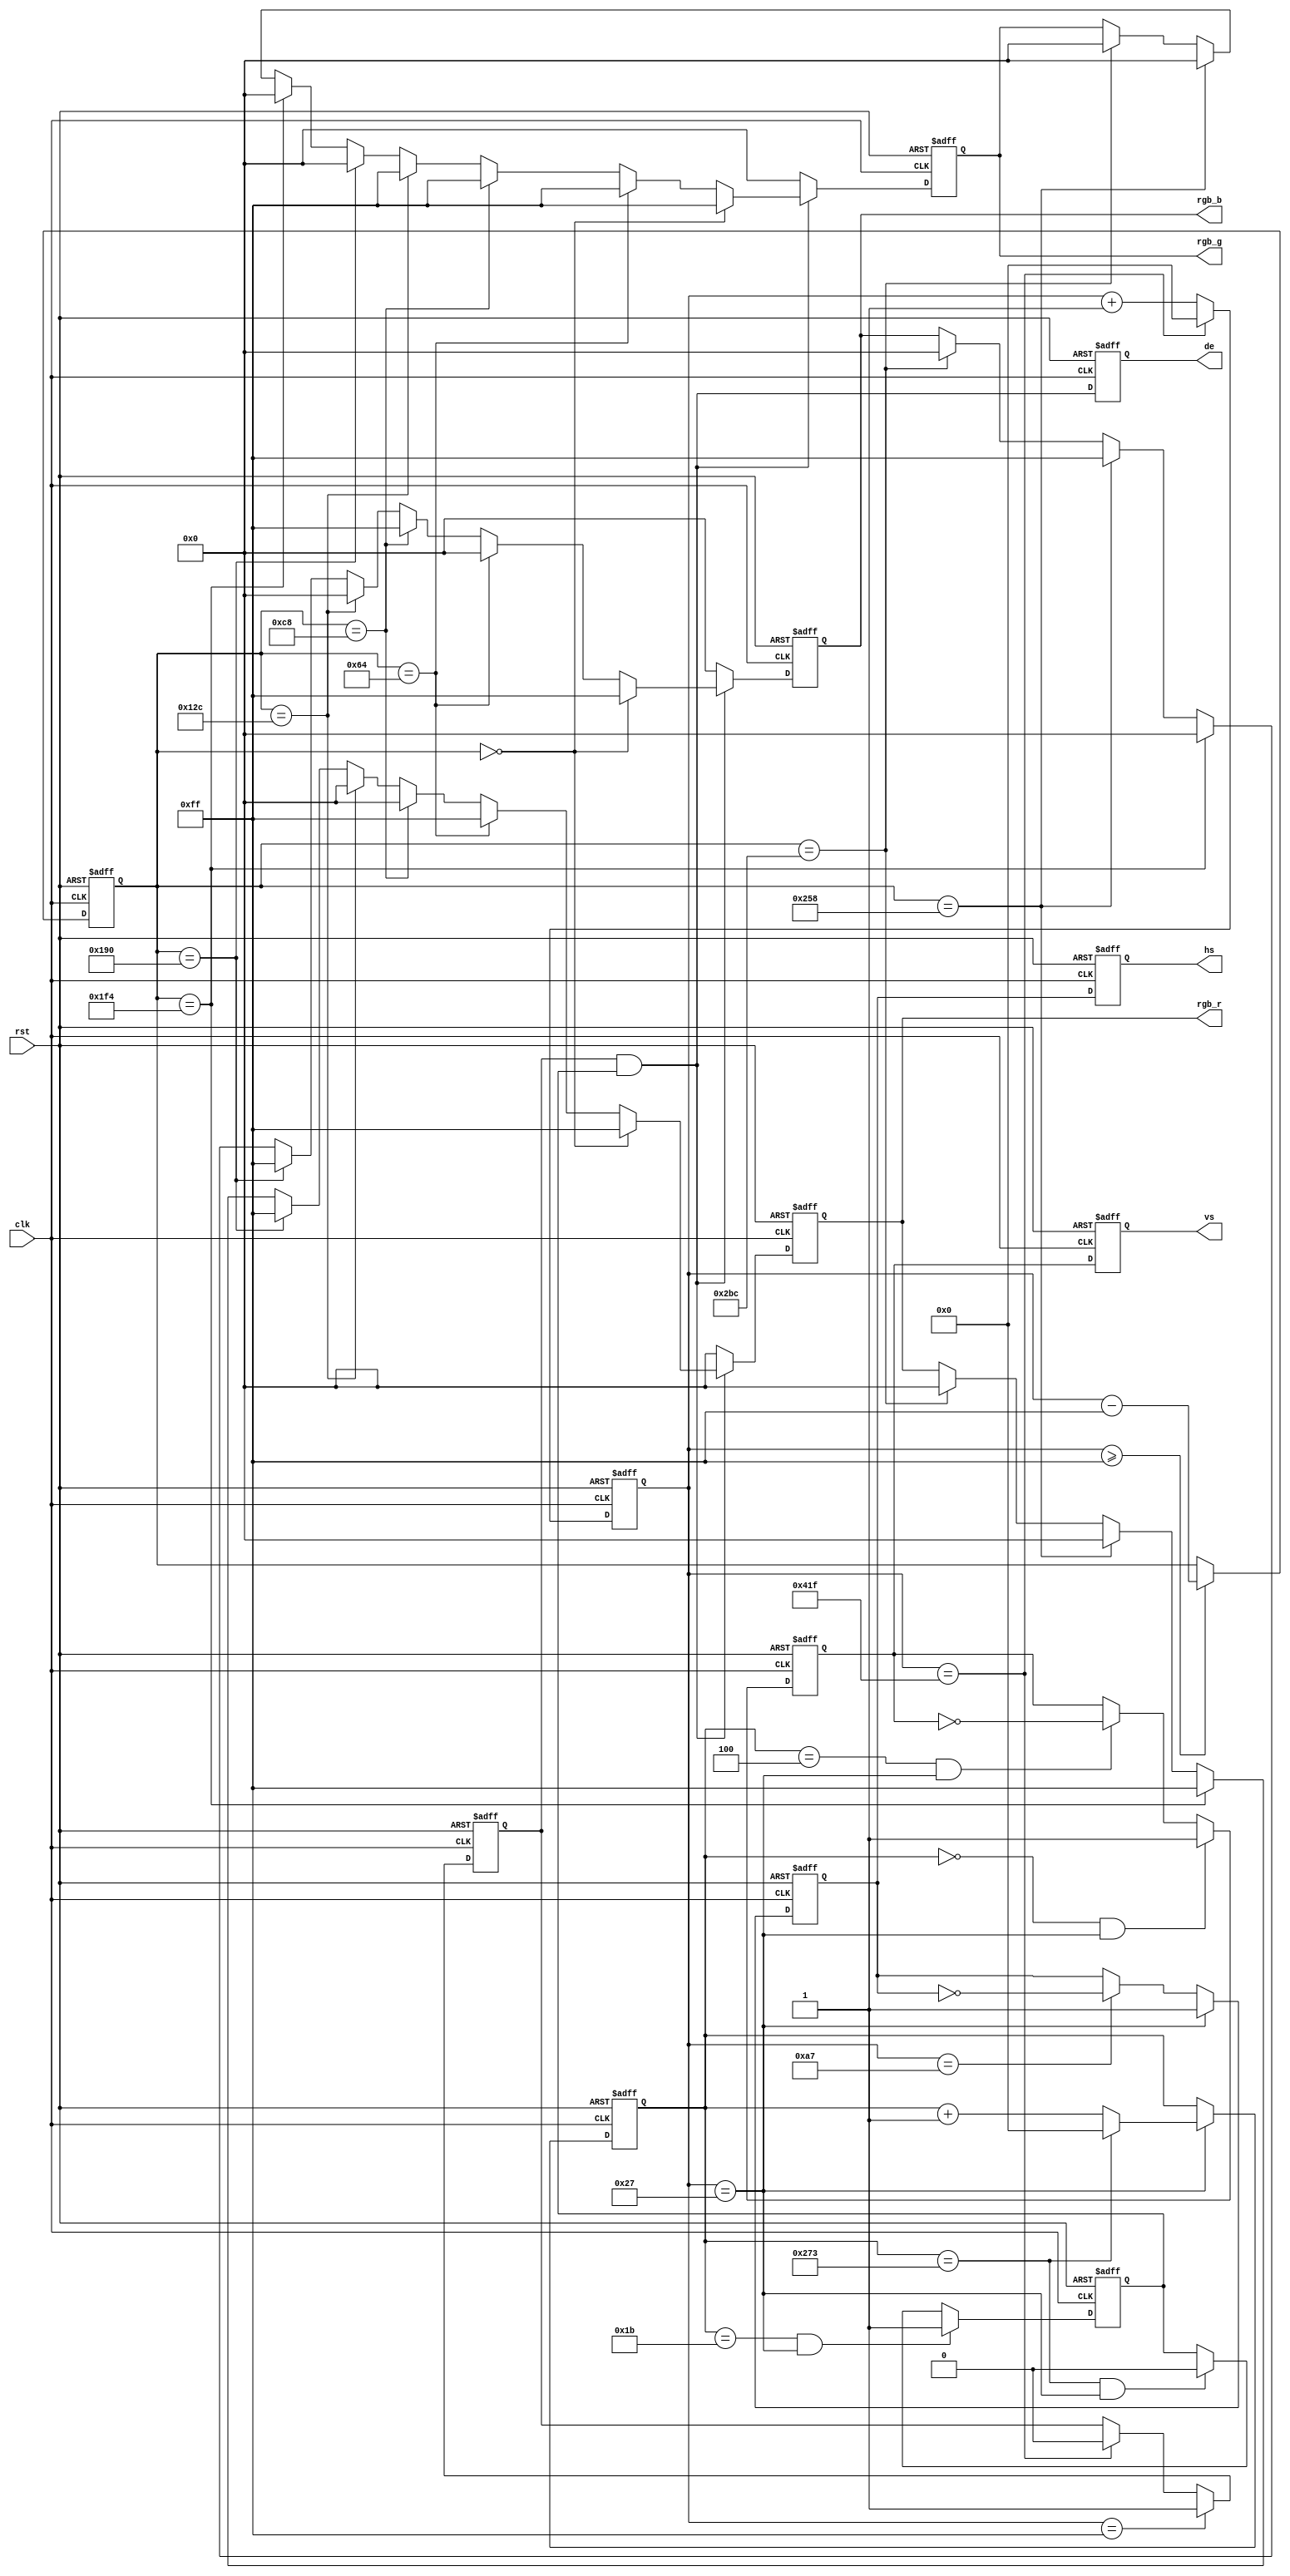
`timescale 1ns / 1ps
//////////////////////////////////////////////////////////////////////////////////
// Company: 
// Engineer: 
// 
// Design Name: 
// Module Name: color_bar
// Project Name: 
// Target Devices: 
// Tool Versions: 
// Description: 
// 
// Dependencies: 
// 
// Revision:
// Revision 0.01 - File Created
// Additional Comments:
// 
//////////////////////////////////////////////////////////////////////////////////


module color_bar(
	input                 clk,           //pixel clock
	input                 rst,           //reset signal high active
	output                hs,            //horizontal synchronization
	output                vs,            //vertical synchronization
	output                de,            //video valid
	output[7:0]           rgb_r,         //video red data
	output[7:0]           rgb_g,         //video green data
	output[7:0]           rgb_b          //video blue data
);
 
`define VIDEO_800_600
//video timing parameter definition
`ifdef  VIDEO_1280_720
parameter H_ACTIVE = 16'd1280;           //horizontal active time (pixels)
parameter H_FP = 16'd110;                //horizontal front porch (pixels)
parameter H_SYNC = 16'd40;               //horizontal sync time(pixels)
parameter H_BP = 16'd220;                //horizontal back porch (pixels)
parameter V_ACTIVE = 16'd720;            //vertical active Time (lines)
parameter V_FP  = 16'd5;                 //vertical front porch (lines)
parameter V_SYNC  = 16'd5;               //vertical sync time (lines)
parameter V_BP  = 16'd20;                //vertical back porch (lines)
parameter HS_POL = 1'b1;                 //horizontal sync polarity, 1 : POSITIVE,0 : NEGATIVE;
parameter VS_POL = 1'b1;                 //vertical sync polarity, 1 : POSITIVE,0 : NEGATIVE;
`endif
 
//480x272 9Mhz
`ifdef  VIDEO_480_272
parameter H_ACTIVE = 16'd480; 
parameter H_FP = 16'd2;       
parameter H_SYNC = 16'd41;    
parameter H_BP = 16'd2;       
parameter V_ACTIVE = 16'd272; 
parameter V_FP  = 16'd2;     
parameter V_SYNC  = 16'd10;   
parameter V_BP  = 16'd2;     
parameter HS_POL = 1'b0;
parameter VS_POL = 1'b0;
`endif
 
//640x480 25.175Mhz
`ifdef  VIDEO_640_480
parameter H_ACTIVE = 16'd640; 
parameter H_FP = 16'd16;      
parameter H_SYNC = 16'd96;    
parameter H_BP = 16'd48;      
parameter V_ACTIVE = 16'd480; 
parameter V_FP  = 16'd10;    
parameter V_SYNC  = 16'd2;    
parameter V_BP  = 16'd33;    
parameter HS_POL = 1'b0;
parameter VS_POL = 1'b0;
`endif
 
//800x480 33Mhz
`ifdef  VIDEO_800_480
parameter H_ACTIVE = 16'd800; 
parameter H_FP = 16'd40;      
parameter H_SYNC = 16'd128;   
parameter H_BP = 16'd88;      
parameter V_ACTIVE = 16'd480; 
parameter V_FP  = 16'd1;     
parameter V_SYNC  = 16'd3;    
parameter V_BP  = 16'd21;    
parameter HS_POL = 1'b0;
parameter VS_POL = 1'b0;
`endif
 
//800x600 40Mhz
`ifdef  VIDEO_800_600
parameter H_ACTIVE = 16'd800; 
parameter H_FP = 16'd40;      
parameter H_SYNC = 16'd128;   
parameter H_BP = 16'd88;      
parameter V_ACTIVE = 16'd600; 
parameter V_FP  = 16'd1;     
parameter V_SYNC  = 16'd4;    
parameter V_BP  = 16'd23;    
parameter HS_POL = 1'b1;
parameter VS_POL = 1'b1;
`endif
 
//1024x768 65Mhz
`ifdef  VIDEO_1024_768
parameter H_ACTIVE = 16'd1024;
parameter H_FP = 16'd24;      
parameter H_SYNC = 16'd136;   
parameter H_BP = 16'd160;     
parameter V_ACTIVE = 16'd768; 
parameter V_FP  = 16'd3;      
parameter V_SYNC  = 16'd6;    
parameter V_BP  = 16'd29;     
parameter HS_POL = 1'b0;
parameter VS_POL = 1'b0;
`endif
 
//1920x1080 148.5Mhz
`ifdef  VIDEO_1920_1080
parameter H_ACTIVE = 16'd1920;
parameter H_FP = 16'd88;
parameter H_SYNC = 16'd44;
parameter H_BP = 16'd148; 
parameter V_ACTIVE = 16'd1080;
parameter V_FP  = 16'd4;
parameter V_SYNC  = 16'd5;
parameter V_BP  = 16'd36;
parameter HS_POL = 1'b1;
parameter VS_POL = 1'b1;
`endif
parameter H_TOTAL = H_ACTIVE + H_FP + H_SYNC + H_BP;//horizontal total time (pixels)
parameter V_TOTAL = V_ACTIVE + V_FP + V_SYNC + V_BP;//vertical total time (lines)
//define the RGB values for 8 colors
parameter WHITE_R       = 8'hff;
parameter WHITE_G       = 8'hff;
parameter WHITE_B       = 8'hff;
parameter YELLOW_R      = 8'hff;
parameter YELLOW_G      = 8'hff;
parameter YELLOW_B      = 8'h00;                                
parameter CYAN_R        = 8'h00;
parameter CYAN_G        = 8'hff;
parameter CYAN_B        = 8'hff;                                
parameter GREEN_R       = 8'h00;
parameter GREEN_G       = 8'hff;
parameter GREEN_B       = 8'h00;
parameter MAGENTA_R     = 8'hff;
parameter MAGENTA_G     = 8'h00;
parameter MAGENTA_B     = 8'hff;
parameter RED_R         = 8'hff;
parameter RED_G         = 8'h00;
parameter RED_B         = 8'h00;
parameter BLUE_R        = 8'h00;
parameter BLUE_G        = 8'h00;
parameter BLUE_B        = 8'hff;
parameter BLACK_R       = 8'h00;
parameter BLACK_G       = 8'h00;
parameter BLACK_B       = 8'h00;
reg hs_reg;                      //horizontal sync register
reg vs_reg;                      //vertical sync register
reg hs_reg_d0;                   //delay 1 clock of 'hs_reg'
reg vs_reg_d0;                   //delay 1 clock of 'vs_reg'
reg[11:0] h_cnt;                 //horizontal counter
reg[11:0] v_cnt;                 //vertical counter
reg[11:0] active_x;              //video x position 
reg[11:0] active_y;              //video y position 
reg[7:0] rgb_r_reg;              //video red data register
reg[7:0] rgb_g_reg;              //video green data register
reg[7:0] rgb_b_reg;              //video blue data register
reg h_active;                    //horizontal video active
reg v_active;                    //vertical video active
wire video_active;               //video active(horizontal active and vertical active)
reg video_active_d0;             //delay 1 clock of video_active
assign hs = hs_reg_d0;
assign vs = vs_reg_d0;
assign video_active = h_active & v_active;
assign de = video_active_d0;
assign rgb_r = rgb_r_reg;
assign rgb_g = rgb_g_reg;
assign rgb_b = rgb_b_reg;
always@(posedge clk or posedge rst)
begin
	if(rst == 1'b1)
		begin
			hs_reg_d0 <= 1'b0;
			vs_reg_d0 <= 1'b0;
			video_active_d0 <= 1'b0;
		end
	else
		begin
			hs_reg_d0 <= hs_reg;
			vs_reg_d0 <= vs_reg;
			video_active_d0 <= video_active;
		end
end
 
always@(posedge clk or posedge rst)
begin
	if(rst == 1'b1)
		h_cnt <= 12'd0;
	else if(h_cnt == H_TOTAL - 1)//horizontal counter maximum value
		h_cnt <= 12'd0;
	else
		h_cnt <= h_cnt + 12'd1;
end
 
always@(posedge clk or posedge rst)
begin
	if(rst == 1'b1)
		active_x <= 12'd0;
	else if(h_cnt >= H_FP + H_SYNC + H_BP - 1)//horizontal video active
		active_x <= h_cnt - (H_FP[11:0] + H_SYNC[11:0] + H_BP[11:0] - 12'd1);
	else
		active_x <= active_x;
end
 
always@(posedge clk or posedge rst)
begin
	if(rst == 1'b1)
		v_cnt <= 12'd0;
	else if(h_cnt == H_FP  - 1)//horizontal sync time
		if(v_cnt == V_TOTAL - 1)//vertical counter maximum value
			v_cnt <= 12'd0;
		else
			v_cnt <= v_cnt + 12'd1;
	else
		v_cnt <= v_cnt;
end
 
always@(posedge clk or posedge rst)
begin
	if(rst == 1'b1)
		hs_reg <= 1'b0;
	else if(h_cnt == H_FP - 1)//horizontal sync begin
		hs_reg <= HS_POL;
	else if(h_cnt == H_FP + H_SYNC - 1)//horizontal sync end
		hs_reg <= ~hs_reg;
	else
		hs_reg <= hs_reg;
end
 
always@(posedge clk or posedge rst)
begin
	if(rst == 1'b1)
		h_active <= 1'b0;
	else if(h_cnt == H_FP + H_SYNC + H_BP - 1)//horizontal active begin
		h_active <= 1'b1;
	else if(h_cnt == H_TOTAL - 1)//horizontal active end
		h_active <= 1'b0;
	else
		h_active <= h_active;
end
 
always@(posedge clk or posedge rst)
begin
	if(rst == 1'b1)
		vs_reg <= 1'd0;
	else if((v_cnt == V_FP - 1) && (h_cnt == H_FP - 1))//vertical sync begin
		vs_reg <= HS_POL;
	else if((v_cnt == V_FP + V_SYNC - 1) && (h_cnt == H_FP - 1))//vertical sync end
		vs_reg <= ~vs_reg;  
	else
		vs_reg <= vs_reg;
end
 
always@(posedge clk or posedge rst)
begin
	if(rst == 1'b1)
		v_active <= 1'd0;
	else if((v_cnt == V_FP + V_SYNC + V_BP - 1) && (h_cnt == H_FP - 1))//vertical active begin
		v_active <= 1'b1;
	else if((v_cnt == V_TOTAL - 1) && (h_cnt == H_FP - 1)) //vertical active end
		v_active <= 1'b0;   
	else
		v_active <= v_active;
end
 
always@(posedge clk or posedge rst)
begin
	if(rst == 1'b1)
		begin
			rgb_r_reg <= 8'h00;
			rgb_g_reg <= 8'h00;
			rgb_b_reg <= 8'h00;
		end
	else if(video_active)
		if(active_x == 12'd0)
			begin
				rgb_r_reg <= WHITE_R;
				rgb_g_reg <= WHITE_G;
				rgb_b_reg <= WHITE_B;
			end
		else if(active_x == (H_ACTIVE/8) * 1)
			begin
				rgb_r_reg <= YELLOW_R;
				rgb_g_reg <= YELLOW_G;
				rgb_b_reg <= YELLOW_B;
			end         
		else if(active_x == (H_ACTIVE/8) * 2)
			begin
				rgb_r_reg <= CYAN_R;
				rgb_g_reg <= CYAN_G;
				rgb_b_reg <= CYAN_B;
			end
		else if(active_x == (H_ACTIVE/8) * 3)
			begin
				rgb_r_reg <= GREEN_R;
				rgb_g_reg <= GREEN_G;
				rgb_b_reg <= GREEN_B;
			end
		else if(active_x == (H_ACTIVE/8) * 4)
			begin
				rgb_r_reg <= MAGENTA_R;
				rgb_g_reg <= MAGENTA_G;
				rgb_b_reg <= MAGENTA_B;
			end
		else if(active_x == (H_ACTIVE/8) * 5)
			begin
				rgb_r_reg <= RED_R;
				rgb_g_reg <= RED_G;
				rgb_b_reg <= RED_B;
			end
		else if(active_x == (H_ACTIVE/8) * 6)
			begin
				rgb_r_reg <= BLUE_R;
				rgb_g_reg <= BLUE_G;
				rgb_b_reg <= BLUE_B;
			end 
		else if(active_x == (H_ACTIVE/8) * 7)
			begin
				rgb_r_reg <= BLACK_R;
				rgb_g_reg <= BLACK_G;
				rgb_b_reg <= BLACK_B;
			end
		else
			begin
				rgb_r_reg <= rgb_r_reg;
				rgb_g_reg <= rgb_g_reg;
				rgb_b_reg <= rgb_b_reg;
			end         
	else
		begin
			rgb_r_reg <= 8'h00;
			rgb_g_reg <= 8'h00;
			rgb_b_reg <= 8'h00;
		end
end
 
endmodule